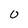
Character: 0